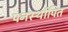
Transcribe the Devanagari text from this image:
पनर्स्थापित